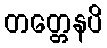
တတ္တေနပိ